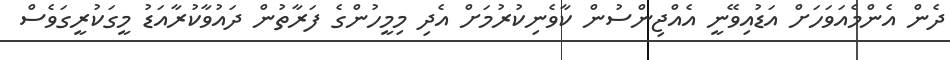
ދެން އެންމެއަވަހަށް އަޑުއިވޭނީ އެއްޖިންސުން ކާވެނިކުރުމަށް އެދި މިމީހުންގެ ފަރާތުން ދައުވާކުރާއަޑު މީގަކުރީގަވެސް